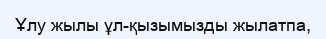
Ұлу жылы ұл-қызымызды жылатпа,